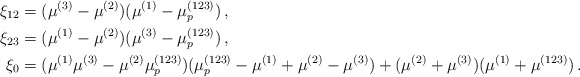
\begin{align*}\xi_{12} &= (\mu^{(3)}-\mu^{(2)})(\mu^{(1)}-\mu_p^{(123)}) \,, \\\xi_{23} &= (\mu^{(1)}-\mu^{(2)})(\mu^{(3)}-\mu_p^{(123)}) \,, \\ \xi_0 &= (\mu^{(1)}\mu^{(3)}-\mu^{(2)}\mu_p^{(123)})(\mu_p^{(123)}-\mu^{(1)}+\mu^{(2)}-\mu^{(3)}) + (\mu^{(2)}+\mu^{(3)})(\mu^{(1)}+\mu^{(123)}) \,.\end{align*}